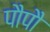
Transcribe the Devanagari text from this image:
पौपौ